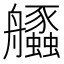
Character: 𦫆